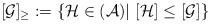
\begin{align*}[\mathcal{G}]_{\geq}:=\{\mathcal{H}\in(\mathcal{A})|\ [\mathcal{H}]\leq [\mathcal{G}]\}\end{align*}